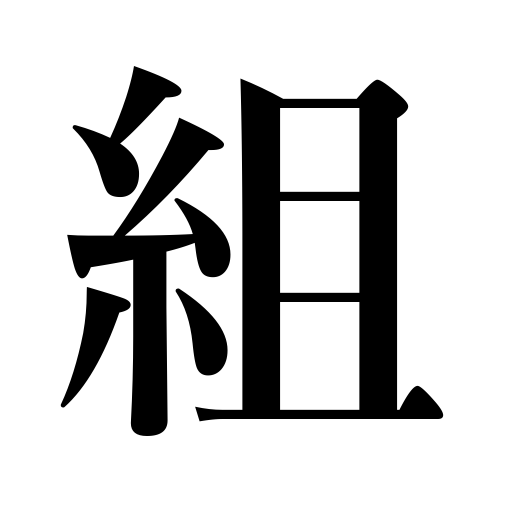
Meanings: be implicated in,support,suit,grapple with,pack of cards,typesetting,cross legs,class,side with,assemble,assortment,construct,set,take part in,fold arms,cooperate with,group,party,plait,braid,unite with